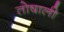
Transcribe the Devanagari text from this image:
तोषाली